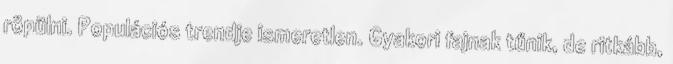
röpülni. Populációs trendje ismeretlen. Gyakori fajnak tűnik, de ritkább,